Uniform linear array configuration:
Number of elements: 64
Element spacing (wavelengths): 0.5
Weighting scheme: hamming
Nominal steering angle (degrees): -60
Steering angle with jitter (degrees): -59.186
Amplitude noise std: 0.05
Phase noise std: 0.05

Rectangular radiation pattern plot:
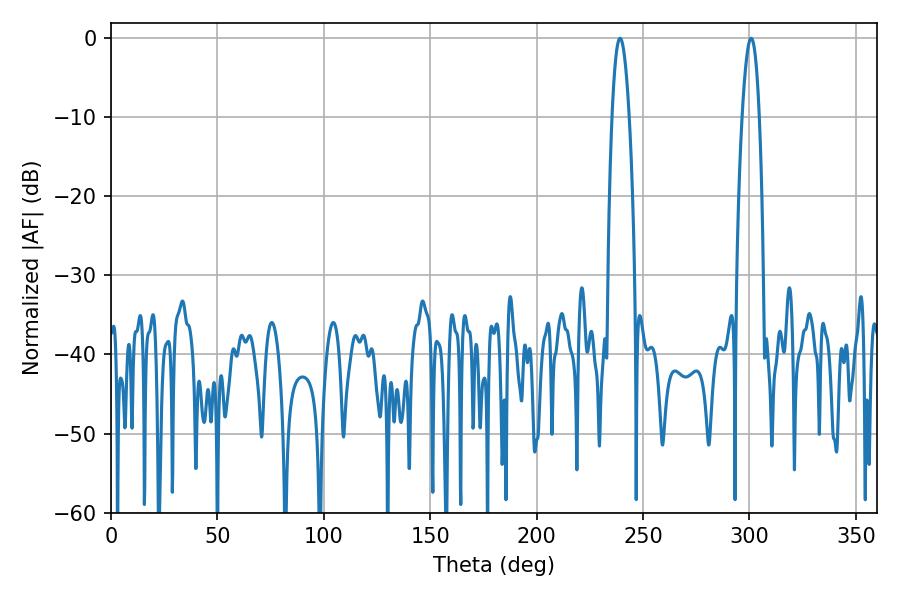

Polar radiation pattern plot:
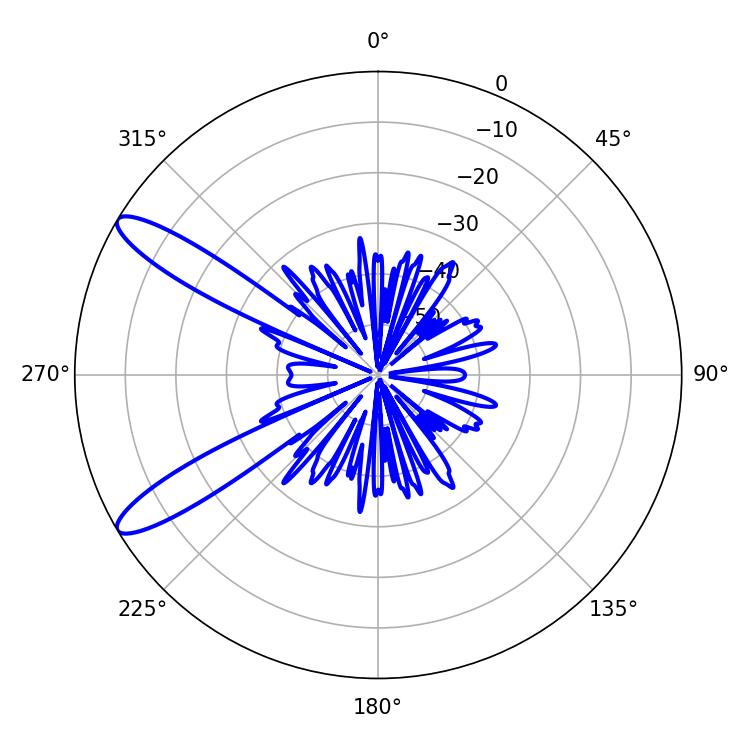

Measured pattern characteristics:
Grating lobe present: FALSE
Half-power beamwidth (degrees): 4.5
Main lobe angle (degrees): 300.78